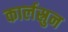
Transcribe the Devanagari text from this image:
कार्लस्रुन